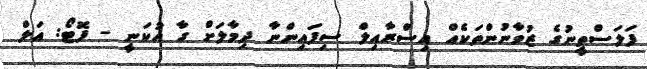
ފަލަސްތީނުގެ ޒުވާނުންތަކެއް އިސްރާއިލް ސިފައިންނާ ދިމާލަށް ގާ އުކަނީ - ފޮޓޯ: އަލް